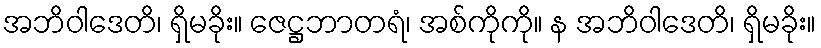
အဘိဝါဒေတိ၊ ရှိမခိုး။ ဇေဋ္ဌဘာတရံ၊ အစ်ကိုကို။ န အဘိဝါဒေတိ၊ ရှိမခိုး။